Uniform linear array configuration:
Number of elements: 8
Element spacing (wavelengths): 0.25
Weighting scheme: uniform
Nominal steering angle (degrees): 45
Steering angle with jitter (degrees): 43.105
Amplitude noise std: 0.05
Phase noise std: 0.05

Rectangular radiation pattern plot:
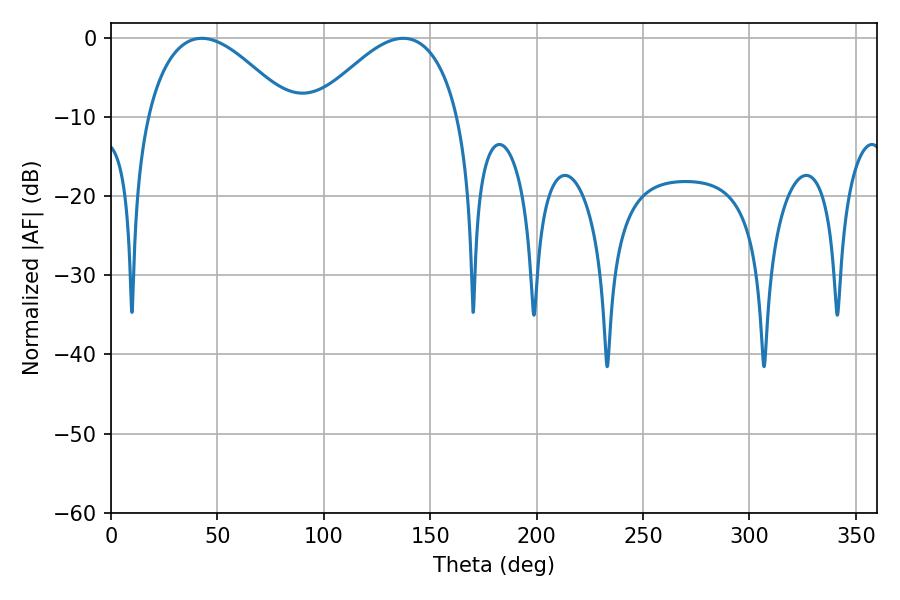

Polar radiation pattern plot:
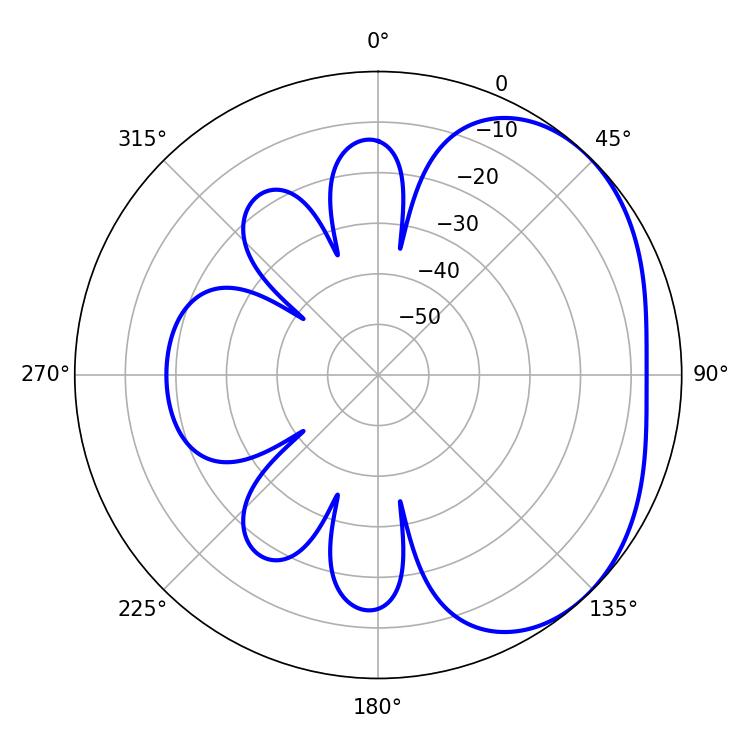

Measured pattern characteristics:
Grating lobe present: FALSE
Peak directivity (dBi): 2.982
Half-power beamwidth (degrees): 37.26
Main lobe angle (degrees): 42.66